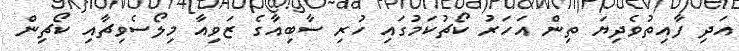
އަދި ފާއިތުވެދިޔަ ތިން އަހަރު ކޯޗުކަމުގައި ހުރި ސާބިއާގެ ޒަވިއާ މިލޯސެވިޗާއި ކޯޗިން